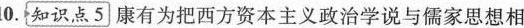
10.{知识点5]康有为把西方资本主义政治学说与儒家思想相